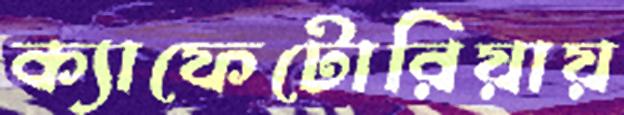
ক্যাফেটোরিয়ায়